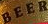
BEER